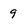
Character: 9